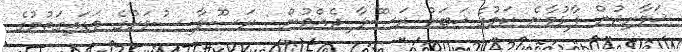
ޚަވާރިޖުން ފާޅުވާނެ ކަމުގެ ޚަބަރު ރަސޫލާ ދެއްވުން : ރަސޫލާ ސުވަރުގެ ވަޑައިގަތުމުގެ